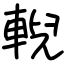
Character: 輗